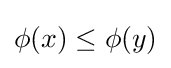
\phi (x)\leq \phi (y)